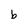
Character: b